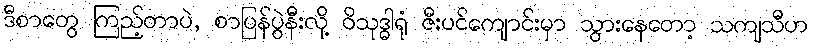
ဒီစာတွေ ကြည့်တာပဲ, စာပြန်ပွဲနီးလို့ ဝိသုဒ္ဓါရုံ ဇီးပင်ကျောင်းမှာ သွားနေတော့ သကျသီဟ